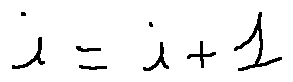
i = i + 1